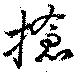
搶